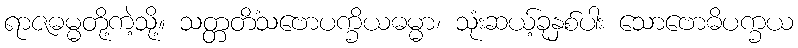
ရာဇဓမ္မတို့ကဲ့သို့။ သတ္တတိံသဗောပက္ခိယဓမ္မာ၊ သုံးဆယ့်ခုနှစ်ပါး သောဗောဓိပက္ခယ